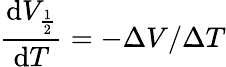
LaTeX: \frac{\mathrm{d}V_{\frac{1}{2}}}{\mathrm{d}T}=-\Delta V/\Delta T